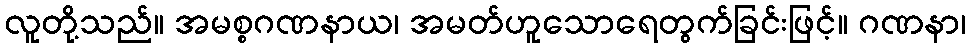
လူတို့သည်။ အမစ္စဂဏနာယ၊ အမတ်ဟူသောရေတွက်ခြင်းဖြင့်။ ဂဏနာ၊